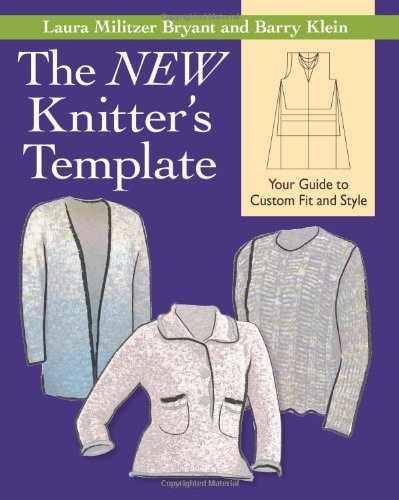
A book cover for The NEW Knitter's Template: Your Guide to Custom Fit and Style; Laura Militzer Bryant; Crafts, Hobbies & Home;